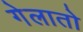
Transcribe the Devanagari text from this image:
गेलातो